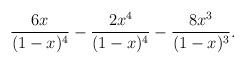
LaTeX: \begin{align*}{{6x} \over {(1-x)^4}}-{{2x^4} \over {(1-x)^4}}-{{8x^3} \over {(1-x)^3}}.\end{align*}